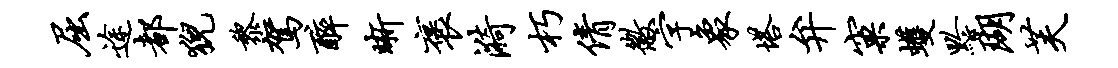
屈途都猊黎驾醉晰褒漪朽倩徽字象塔弁窠蠖黔瑚芙